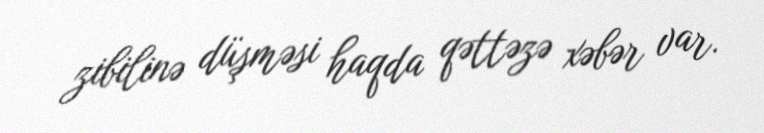
zibilinə düşməsi haqda qəttəzə xəbər var.